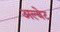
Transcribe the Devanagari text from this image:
अल्बेट